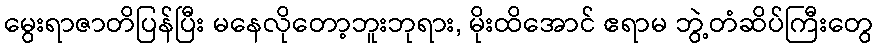
မွေးရာဇာတိပြန်ပြီး မနေလိုတော့ဘူးဘုရား, မိုးထိအောင် ဧရာမ ဘွဲ့တံဆိပ်ကြီးတွေ